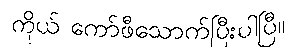
ကိုယ် ကော်ဖီသောက်ပြီးပါပြီ။